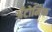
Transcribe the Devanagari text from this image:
अँटोमिक